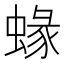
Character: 蝝